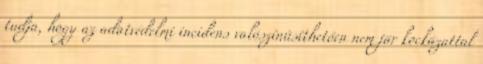
tudja, hogy az adatvédelmi incidens valószínűsíthetően nem jár kockázattal